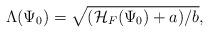
LaTeX: \begin{align*}\Lambda(\Psi_0)=\sqrt{({\cal H}_F(\Psi_0)+a)/b},\end{align*}